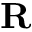
\mathbf { R }